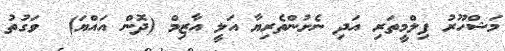
މަޝްހޫރު ފިލްމީތަރި އަދި ނެށުންތެރިޔާ އަލީ އާޒިމް (ދޮން އައްޔަ)  ވަގުތު